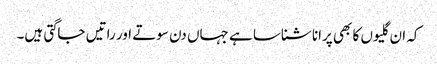
کہ ان گلیوں کا بھی پرانا شناسا ہے جہاں دن سوتے اور راتیں جاگتی ہیں۔